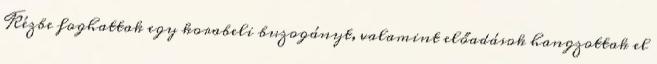
Kézbe foghattak egy korabeli buzogányt, valamint előadások hangzottak el